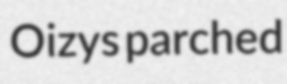
Oizys parched